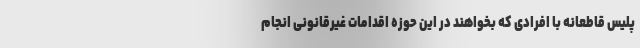
پلیس قاطعانه با افرادی که بخواهند در این حوزه اقدامات غیرقانونی انجام